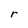
Character: r